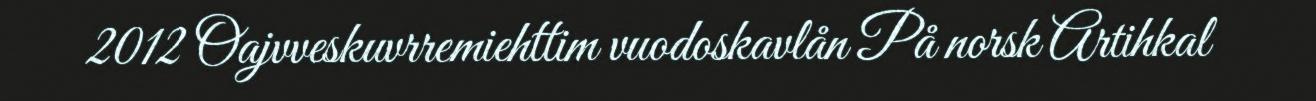
2012 Oajvveskuvrremiehttim vuodoskavlån På norsk Artihkal